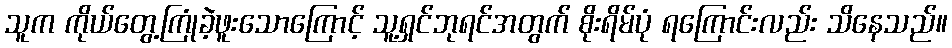
သူက ကိုယ်တွေ့ကြုံခဲ့ဖူးသောကြောင့် သူ့ရှင်ဘုရင်အတွက် စိုးရိမ်ပုံ ရကြောင်းလည်း သိနေသည်။